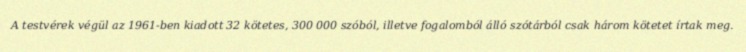
A testvérek végül az 1961-ben kiadott 32 kötetes, 300 000 szóból, illetve fogalomból álló szótárból csak három kötetet írtak meg.